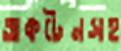
অকটেনসহ